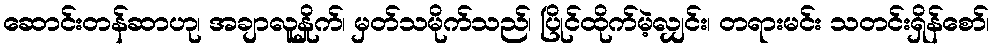
ဆောင်းတန်ဆာဟု၊ အချာလူနှိုက်၊ မှတ်သမိုက်သည်၊ ပြိုင်ထိုက်မဲ့လျှင်း၊ တရားမင်း သတင်းရှိန်စော်၊